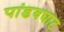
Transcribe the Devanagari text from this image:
पांडवघाट